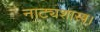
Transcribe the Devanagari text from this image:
नाट्यशास्त्र।